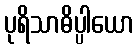
ပုရိသာဓိပ္ပါယော